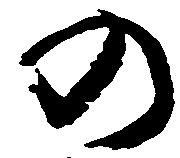
の